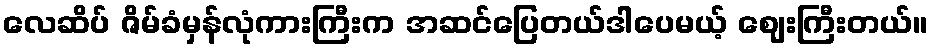
လေဆိပ် ဇိမ်ခံမှန်လုံကားကြီးက အဆင်ပြေတယ်ဒါပေမယ့် ဈေးကြီးတယ်။